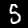
Label: 5